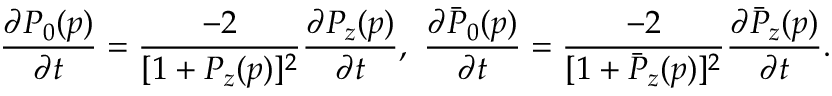
{ \frac { \partial P _ { 0 } ( p ) } { \partial t } } = { \frac { - 2 } { [ 1 + P _ { z } ( p ) ] ^ { 2 } } } { \frac { \partial P _ { z } ( p ) } { \partial t } } , \ { \frac { \partial \bar { P } _ { 0 } ( p ) } { \partial t } } = { \frac { - 2 } { [ 1 + \bar { P } _ { z } ( p ) ] ^ { 2 } } } { \frac { \partial \bar { P } _ { z } ( p ) } { \partial t } } .